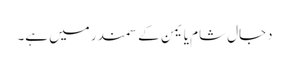
دجال شام یا یمن کے سمندر میں ہے۔